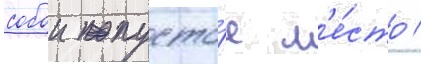
собои пусто́е м'е́сто /